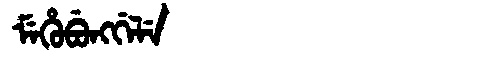
Manchu: ᠮᡝᡥᡠᠪᡠᠩᡤᡝᠯᡝ
Romanization: MEHUBUNGGELE